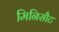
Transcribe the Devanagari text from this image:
मिनिसौट